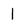
Character: l